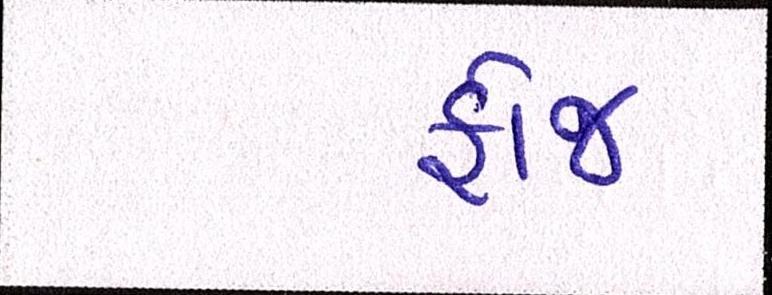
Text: ફોજ